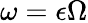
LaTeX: \omega=\epsilon\Omega